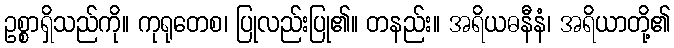
ဥစ္စာရှိသည်ကို။ ကုရုတေစ၊ ပြုလည်းပြု၏။ တနည်း။ အရိယဓနီနံ၊ အရိယာတို့၏